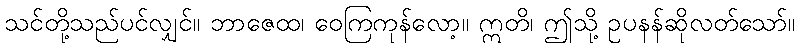
သင်တို့သည်ပင်လျှင်။ ဘာဇေထ၊ ဝေကြကုန်လော့။ ဣတိ၊ ဤသို့ ဥပနန်ဆိုလတ်သော်။